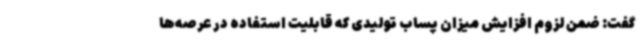
گفت: ضمن لزوم افزایش میزان پساب تولیدی که قابلیت استفاده در عرصه‌ها